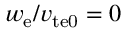
w _ { \mathrm { e } } / v _ { \mathrm { t e 0 } } = 0